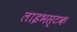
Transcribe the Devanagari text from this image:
लाइभस्टक